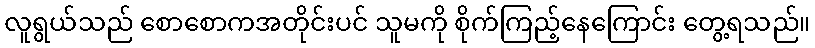
လူရွယ်သည် စောစောကအတိုင်းပင် သူမကို စိုက်ကြည့်နေကြောင်း တွေ့ရသည်။